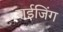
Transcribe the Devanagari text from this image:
राईजिंग